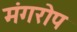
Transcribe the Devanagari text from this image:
मंगरोप